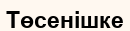
Төсенішке